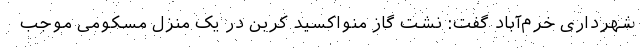
شهرداری خرم‌آباد گفت: نشت گاز منواکسید کربن در یک منزل مسکومی موجب